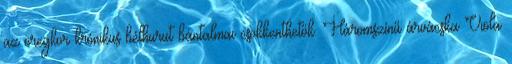
az öregkor krónikus bélhurut bántalmai csökkenthetők. Háromszínű árvácska Viola